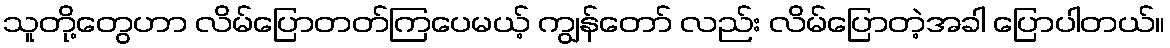
သူတို့တွေဟာ လိမ်ပြောတတ်ကြပေမယ့် ကျွန်တော် လည်း လိမ်ပြောတဲ့အခါ ပြောပါတယ်။